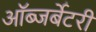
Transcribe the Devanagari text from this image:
ऑब्जर्बेटरी